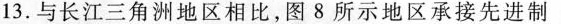
13.与长江三角洲地区相比，图8所示地区承接先进制